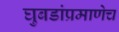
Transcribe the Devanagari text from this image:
घुबडांप्रमाणेच